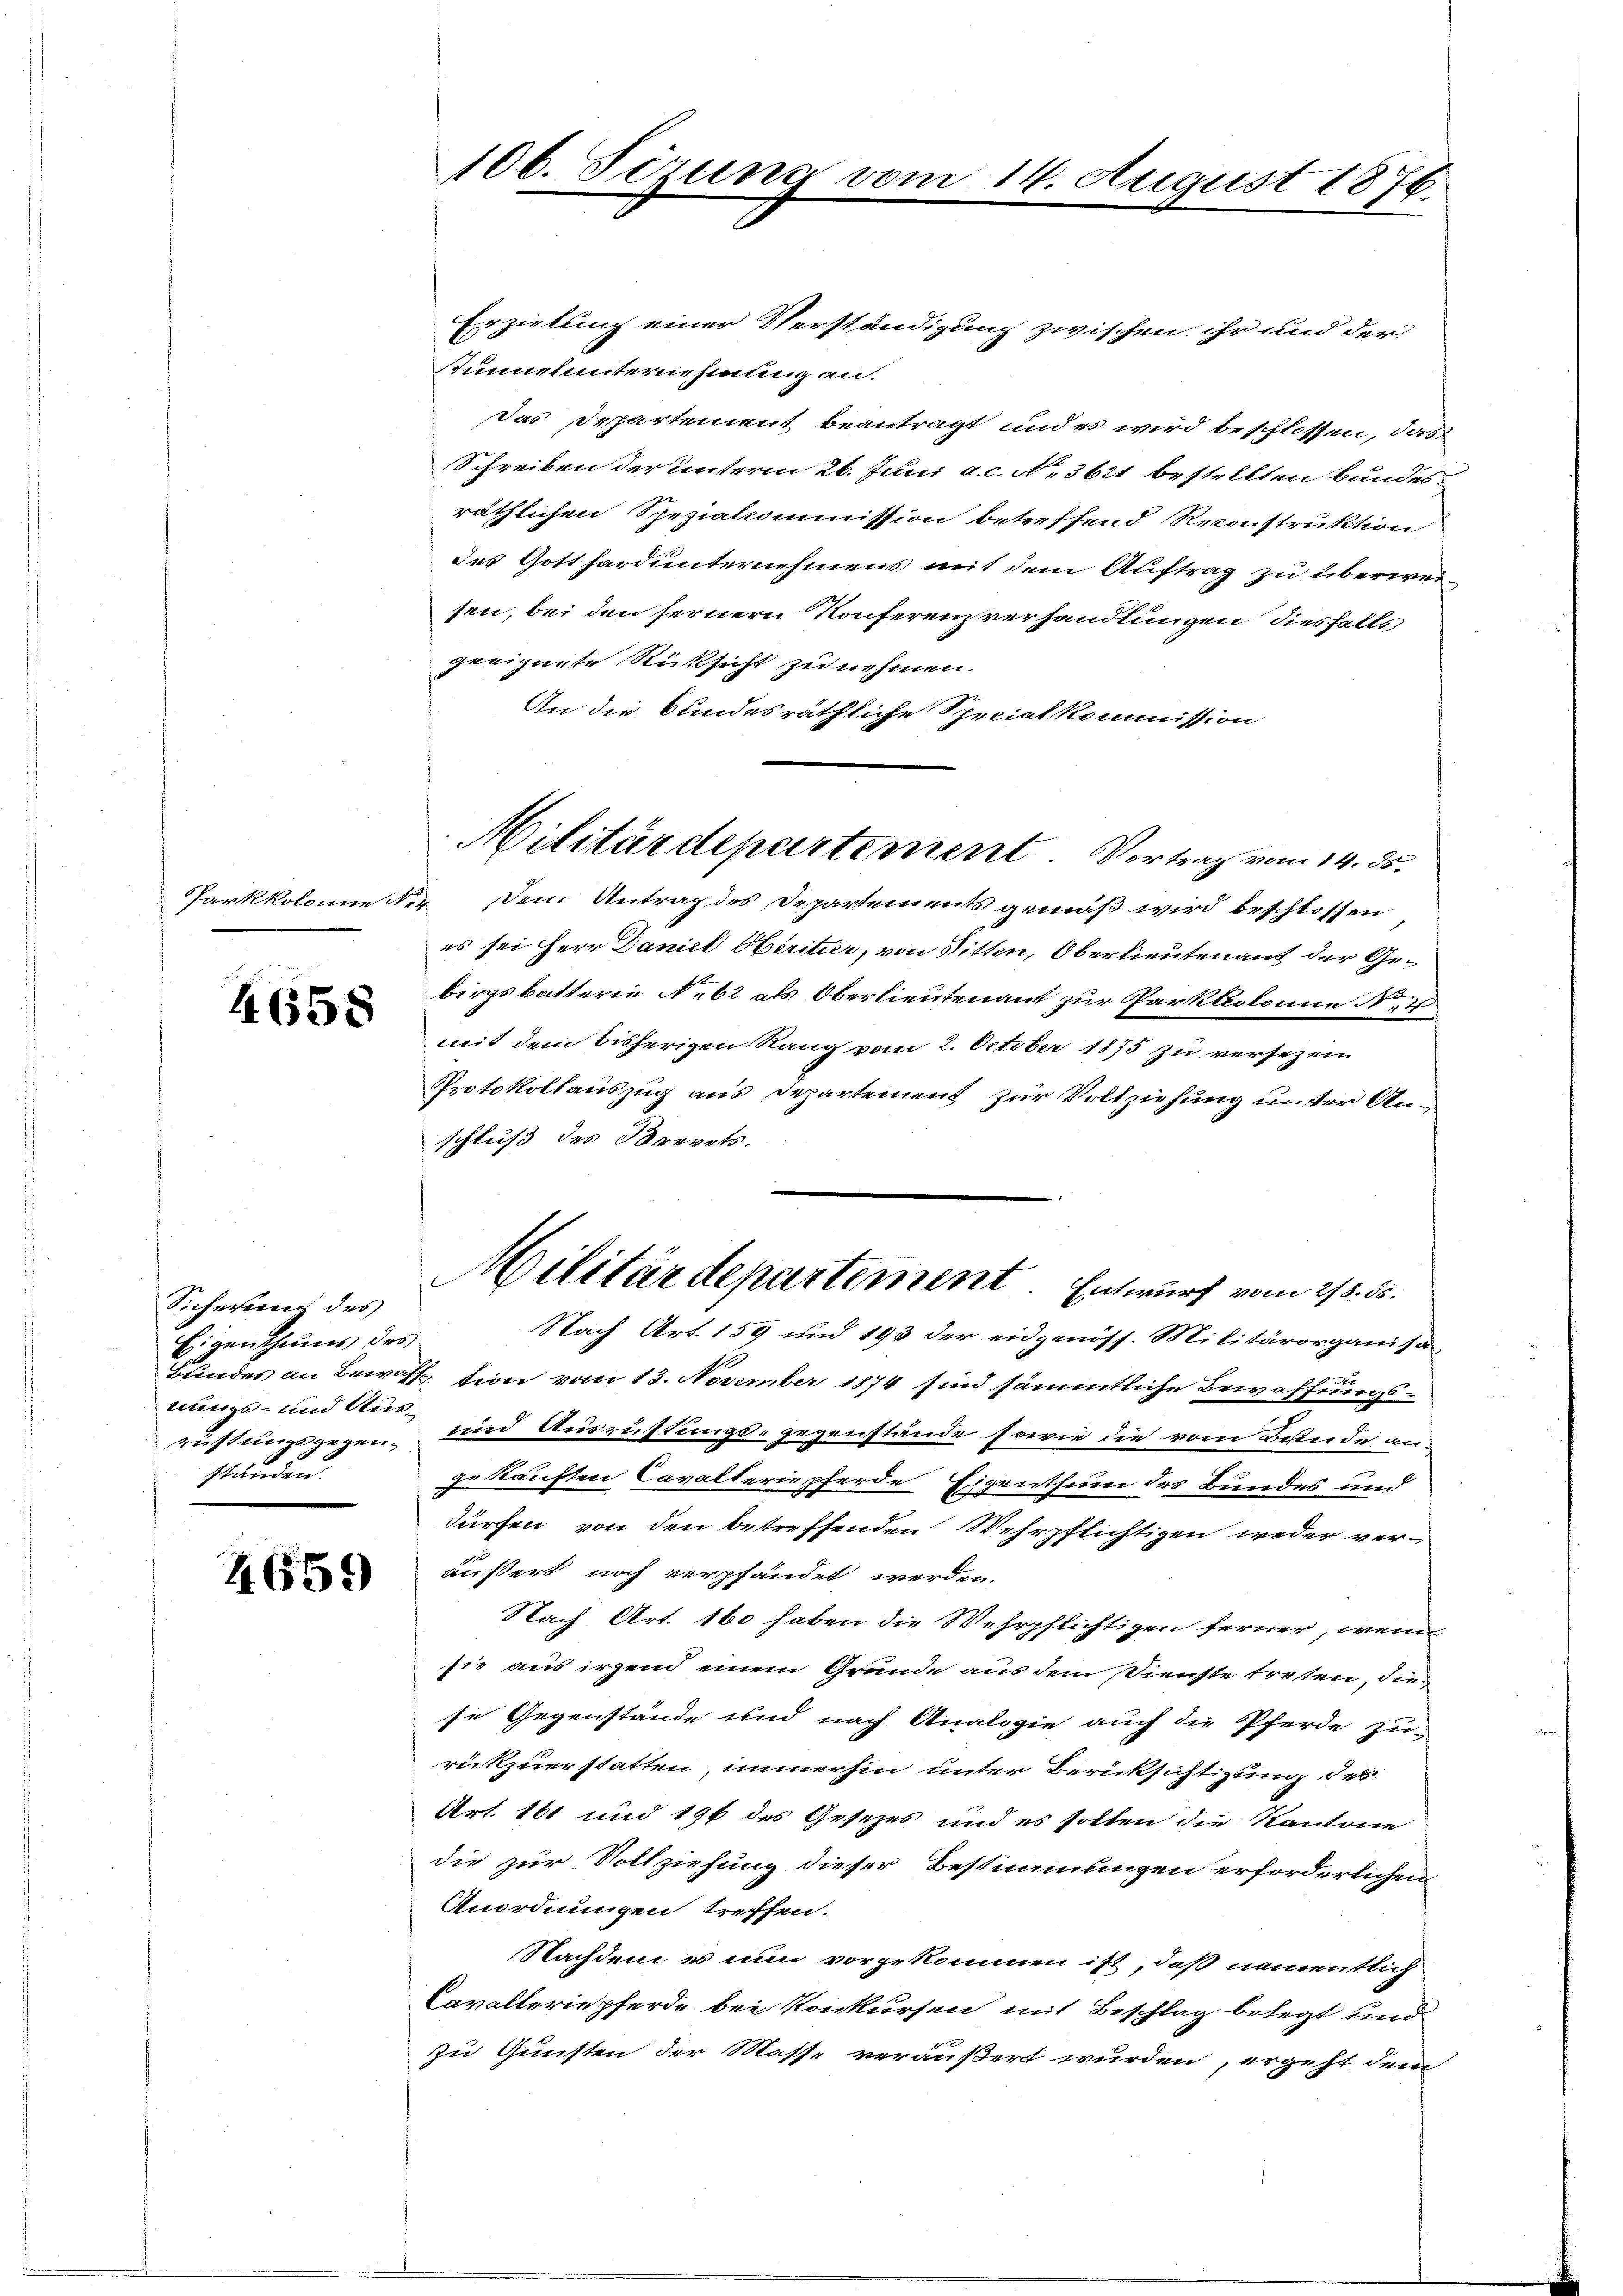
4658

Sicherung des
Eigenthums des
nungs- und Ausständen.
e

4659

106. Sezung vo

9

Erziehung einer Verständigung zwischen ihr und der
Kunnelunternehmung an.
Das Departement beantragt und es wird beschlossen, das
Schreiben der unterm 26. Juni a. c. No. 3621 bestellten bundesräthlichen Spezialcommission betreffend Reconstruktion
des Gotthardunternehmens mit dem Auftrag zu überweisen, bei den fernern Konferenzverhandlungen diesfalls
geeignete Rücksicht zu nehmen.
An die bundesräthliche Specialkommission
Parkkolonie er dem Antrag des Departements gemäß wird beschlossen
es sei Herr Daniel Heritur, von Sitten, Oberlieutenant der Gebirgsbatterie No 62 als Oberlieutenant zur Parklcolonie No 2
mit dem bisherigen Rang vom 2. October 1875 zu versezen.
Protokollauszug aus Departement zur Vollziehung unter Anschluß des Brevets.
Militärdepartement. Entwurf vom 2/3. ds.
Nach Art. 159 und 193 der eidgenöss. Militärorganisa¬
Bundes an Bewaff tion vom 13. November 1874 sind sämmtliche Bewaffungsrichtungsgegen und Ausrüstungs- gegenstände sowie die vom Bunde anje kauften Cavalteriepferde Eigenthum des Bundes und
dürfen, von den betreffenden Wehrpflichtigen weder ver-
äußert noch verpfändet werden.
Nach Art. 160 haben die Wehrpflichtigen ferner, wenn
sie aus irgend einem Grunde aus dem Dienste treten, diese Gegenstände und nach Analogie auch die Pferde zu-
rückzuerstatten, immerhin unter Berücksichtigung des
Art. 161 und 196 des Gesetzes und es sollen die Kantone
die zur Vollziehung dieser Bestimmungen erforderlichen
Anordnungen treffen.
Nachdem es nun vorgekommen ist, daß namentlich
Cavalleriepferde bei Konkursen mit Beschlag belegt und
Zu Gunsten der Masse veräußert wurden, ergeht dem

Militärdepartement. Vortrag vom 14. ds.

14. August 1876.